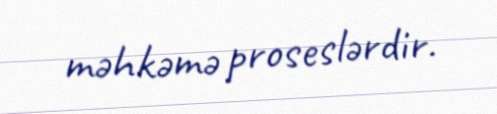
məhkəmə proseslərdir.